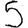
Digit: 5